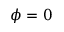
\phi = 0